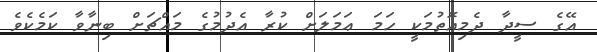
އޭގެ ސީދާ ދެމިއޮތުމަކީ ހަމަ ޢަމަލަށް ކުރާ އެދުމުގެ މައްޗަށް ބިނާވާ ކަމެކެވެ